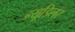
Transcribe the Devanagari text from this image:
न्यूडिलर